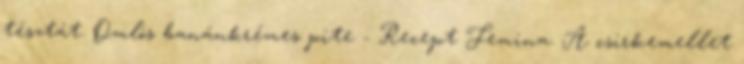
tésztát. Omlós banánkrémes pite - Recept Femina. A csirkemellet